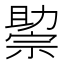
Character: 𰅘